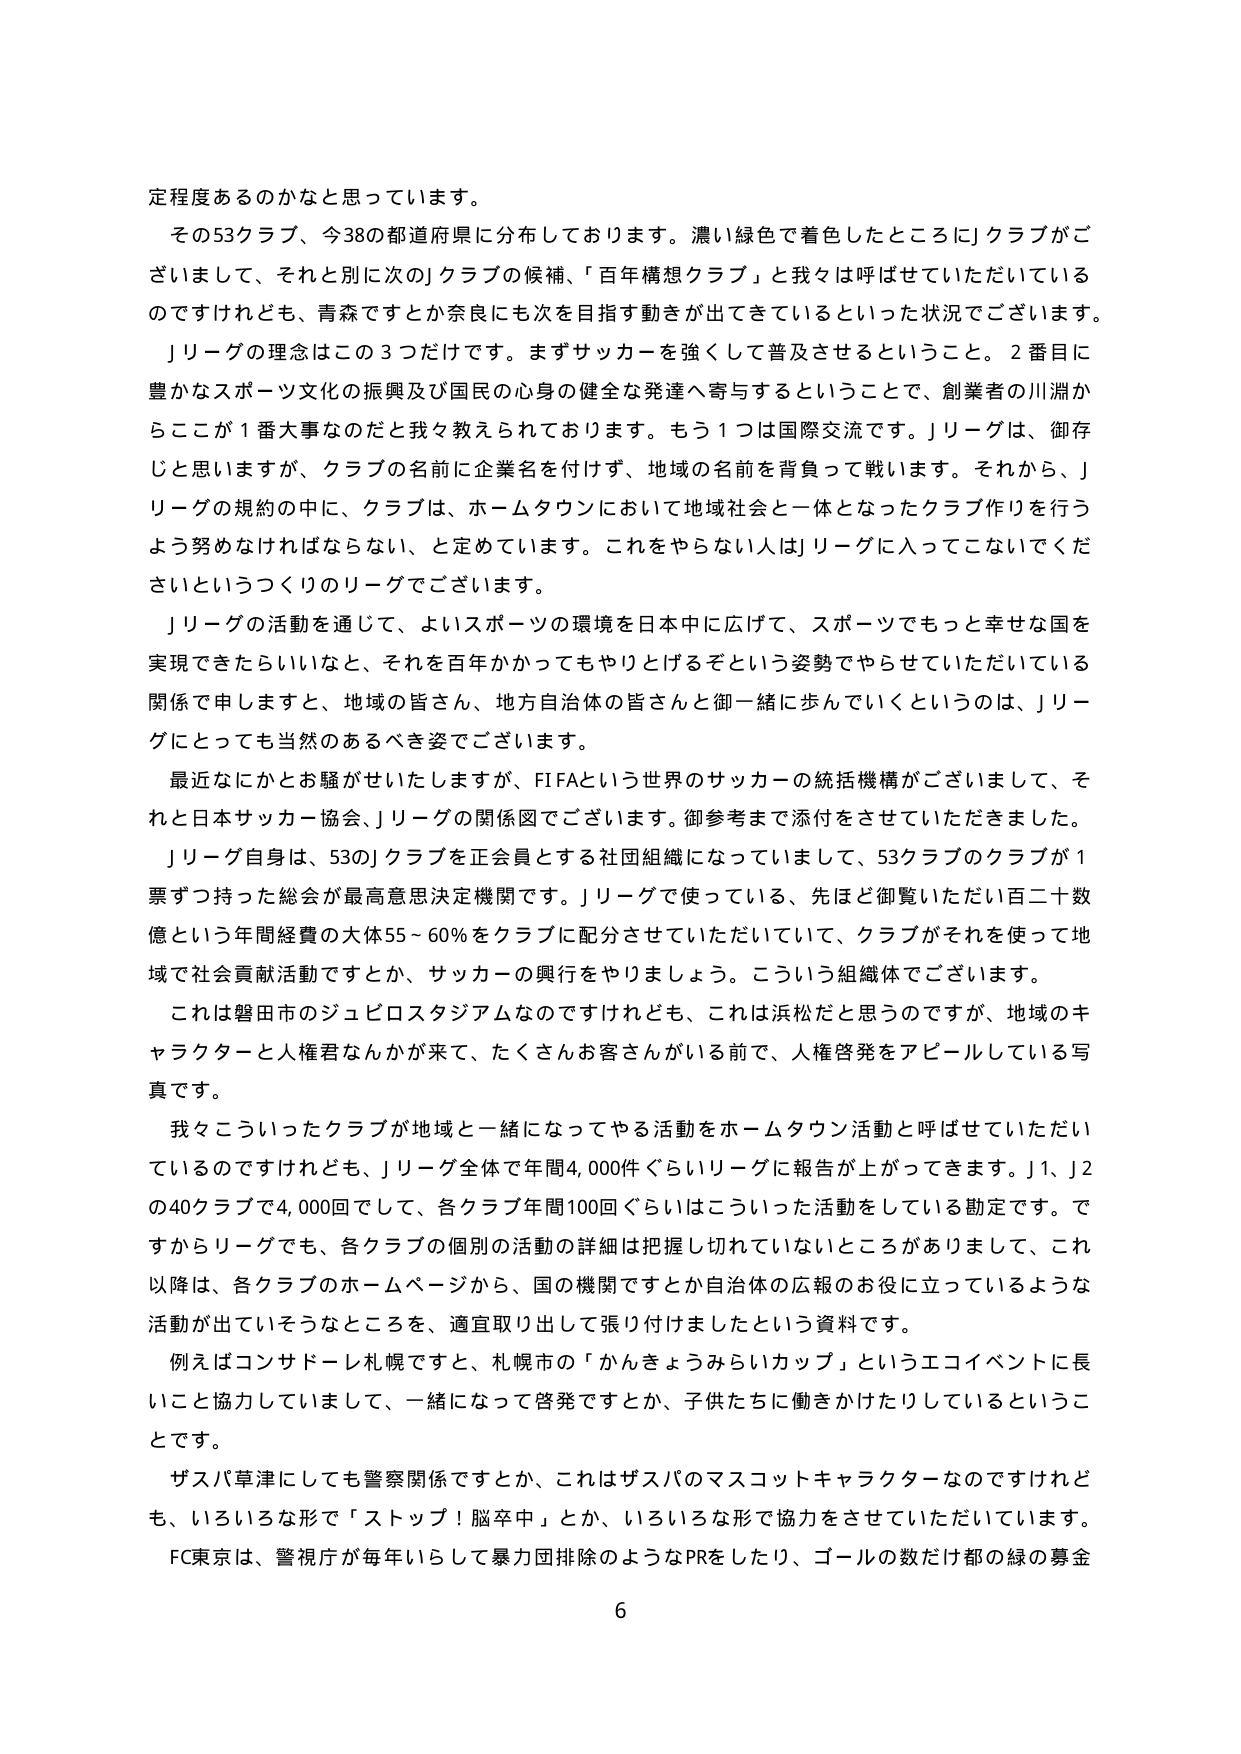
定程度あるのかなと思っています。

その53クラブ、今38の都道府県に分布しております。濃い緑色で着色したところにJクラブがございますし、それと別に次のJクラブの候補、「百年構想クラブ」と我々は呼ばせていただいているのですけれども、青森ですとか奈良にも次を目指す動きが出てきているといった状況でございます。

Jリーグの理念はこの3つだけです。まずサッカーを強くて普及させるということ。2番目に豊かなスポーツ文化の振興及び国民の心身の健全な発達へ寄与するということで、創業者の川淵からここが1番大事なのだだと我々教えられております。もう1つは国際交流です。Jリーグは、御存じと思いますが、クラブの名前に企業名を付けず、地域の名前を背負って戦います。それから、Jリーグの規約の中に、クラブは、ホームタウンにおいて地域社会と一体となったクラブ作りを行うよう努めなければならない、と定めています。これをやらない人はJリーグに入ってこないでくださいというつくりのリーグでございます。

Jリーグの活動を通じて、よいスポーツの環境を日本中に広げて、スポーツでもっと幸せな国を実現できたらいいなと、それを百年かかってもやりとげるぞという姿勢でやらせていただいている関係で申しますと、地域の皆さん、地方自治体の皆さんと御一緒に歩んでいくというのは、Jリーグにとっても当然のあるべき姿でございます。

最近なにかとお騒がせいたしますが、FIFAという世界のサッカーの統括機構がございまして、それと日本サッカー協会、Jリーグの関係図でございます。御参考まで添付をさせていただきました。

Jリーグ自身は、53のJクラブを正会員とする社団組織になっていまして、53クラブのクラブが1票ずつ持った総会が最高意思決定機関です。Jリーグで使っている、先ほど御覧いただいた百二十数億という年間経費の大体55～60％をクラブに配分させていただいていて、クラブがそれを使って地域で社会貢献活動ですとか、サッカーの興行をやりましょう。こういう組織体でございます。

これは磐田市のジュビロスタジアムなのですけれども、これは浜松だと思うのですが、地域のキャラクターと人権君なんかが来て、たくさんお客さんがいる前で、人権啓発をアピールしている写真です。

我々こういったクラブが地域と一緒になってやる活動をホームタウン活動と呼ばせていただいているのですけれども、Jリーグ全体で年間4,000件ぐらいリーグに報告が上がってきます。J1、J2の40クラブで4,000回でして、各クラブ年間100回ぐらいはこういった活動をしている勘定です。ですからリーグでも、各クラブの個別の活動の詳細は把握し切れていないところがありまして、これ以降は、各クラブのホームページから、国の機関ですとか自治体の広報のお役に立っているような活動が出ていそうなところを、適宜取り出して張り付けましたという資料です。

例えばコンサドーレ札幌ですと、札幌市の「かんきょうみらいカップ」というエコイベントに長いこと協力していまして、一緒になって啓発ですとか、子供たちに働きかけたりしているということです。

ザスパ草津にしても警察関係ですとか、これはザスパのマスコットキャラクターなのですけれども、いろいろな形で「ストップ！脳卒中」とか、いろいろな形で協力をさせていただいています。

FC東京は、警視庁が毎年いらして暴力団排除のようなPRをしたり、ゴールの数だけ都の緑の募金

6